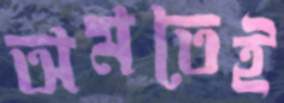
অমতেই